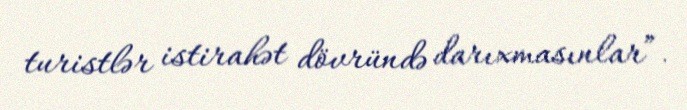
turistlər istirahət dövründə darıxmasınlar”.